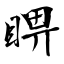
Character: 睤